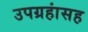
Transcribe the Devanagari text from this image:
उपग्रहांसह